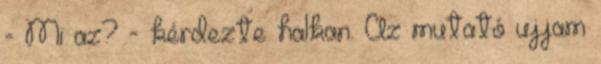
- Mi az? - kérdezte halkan. Az mutató ujjam